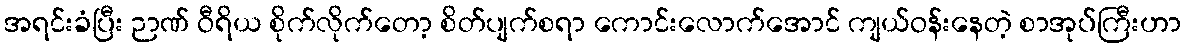
အရင်းခံပြီး ဉာဏ် ဝီရိယ စိုက်လိုက်တော့ စိတ်ပျက်စရာ ကောင်းလောက်အောင် ကျယ်ဝန်းနေတဲ့ စာအုပ်ကြီးဟာ